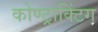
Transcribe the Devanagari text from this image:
कोण्ट्राक्टिंग